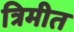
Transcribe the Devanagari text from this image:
त्रिमीत